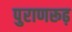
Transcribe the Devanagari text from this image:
पुराणरूढ़